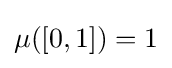
\mu ([0,1])=1